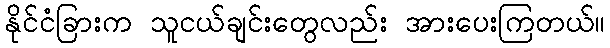
နိုင်ငံခြားက သူငယ်ချင်းတွေလည်း အားပေးကြတယ်။